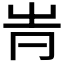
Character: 𠕓